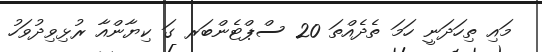
މައި ތިހަދަނީ ހަމަ ތެދެއްތަ 20 ސްޕްޓެންބަރ ގަ ކިޔާންއާ ރުޅިވިދުވަހު